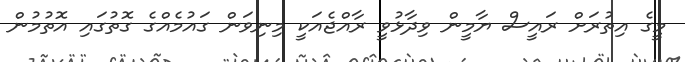
މީގެ އިތުރަށް ރައީސް ޔާމީން ވިދާޅުވީ ރާއްޖެއަކީ މިނިވަން ގައުމެއްގެ ގޮތުގައި އޮތުމުން